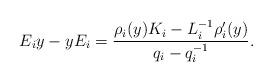
LaTeX: \begin{align*} E_iy - yE_i = \frac{\rho_i(y)K_i-L_i^{-1}\rho_i'(y)}{q_i-q_i^{-1}}. \end{align*}